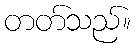
တတ်သည်။